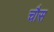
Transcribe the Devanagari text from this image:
चौस